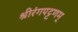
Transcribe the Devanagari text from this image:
श्रीरंगपट्टणम्